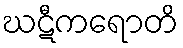
ဃဋီကရောတိ